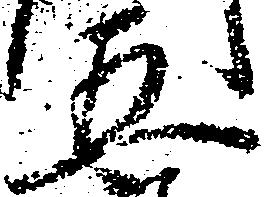
五